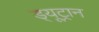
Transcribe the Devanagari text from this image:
ड्यूट्रान